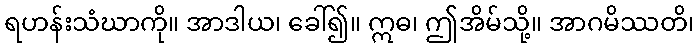
ရဟန်းသံဃာကို။ အာဒါယ၊ ခေါ်၍။ ဣဓ၊ ဤအိမ်သို့။ အာဂမိဿတိ၊